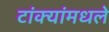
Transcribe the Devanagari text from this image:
टांक्यांमधले